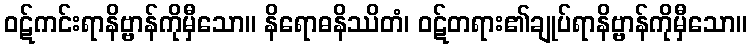
ဝဋ်ကင်းရာနိဗ္ဗာန်ကိုမှီသော။ နိရောဓနိဿိတံ၊ ဝဋ်တရား၏ချုပ်ရာနိဗ္ဗာန်ကိုမှီသော။